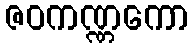
ဇဝကဏ္ဏကော